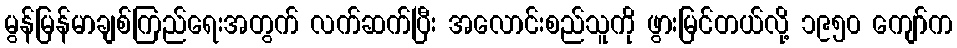
မွန်မြန်မာချစ်ကြည်ရေးအတွက် လက်ဆက်ပြီး အလောင်းစည်သူကို ဖွားမြင်တယ်လို့ ၁၉၅၀ ကျော်က